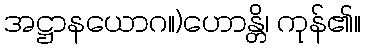
အဋ္ဌာနယောဂ။)ဟောန္တိ၊ ကုန်၏။